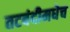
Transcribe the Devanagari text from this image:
तटबंदीमधेच